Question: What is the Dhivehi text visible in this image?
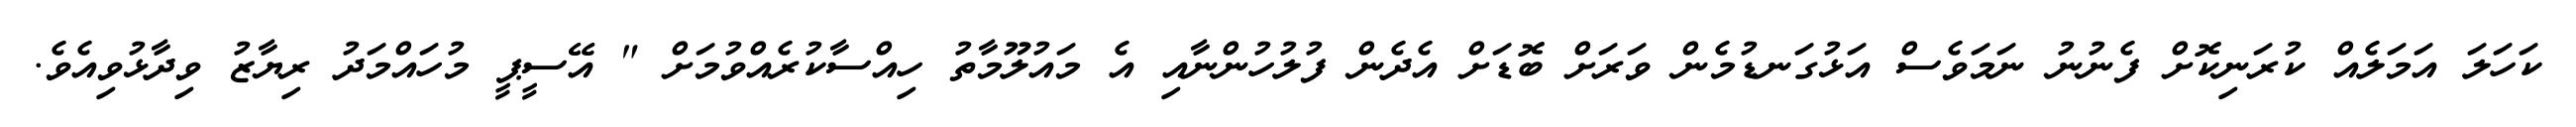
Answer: ކަހަލަ އަމަލެއް ކުރަނިކޮށް ފެނުނު ނަމަވެސް އަޅުގަނޑުމެން ވަރަށް ބޮޑަށް އެދެން ފުލުހުންނާއި އެ މައުލޫމާތު ހިއްސާކުރެއްވުމަށް " އޭސީޕީ މުހައްމަދު ރިޔާޒު ވިދާޅުވިއެވެ.